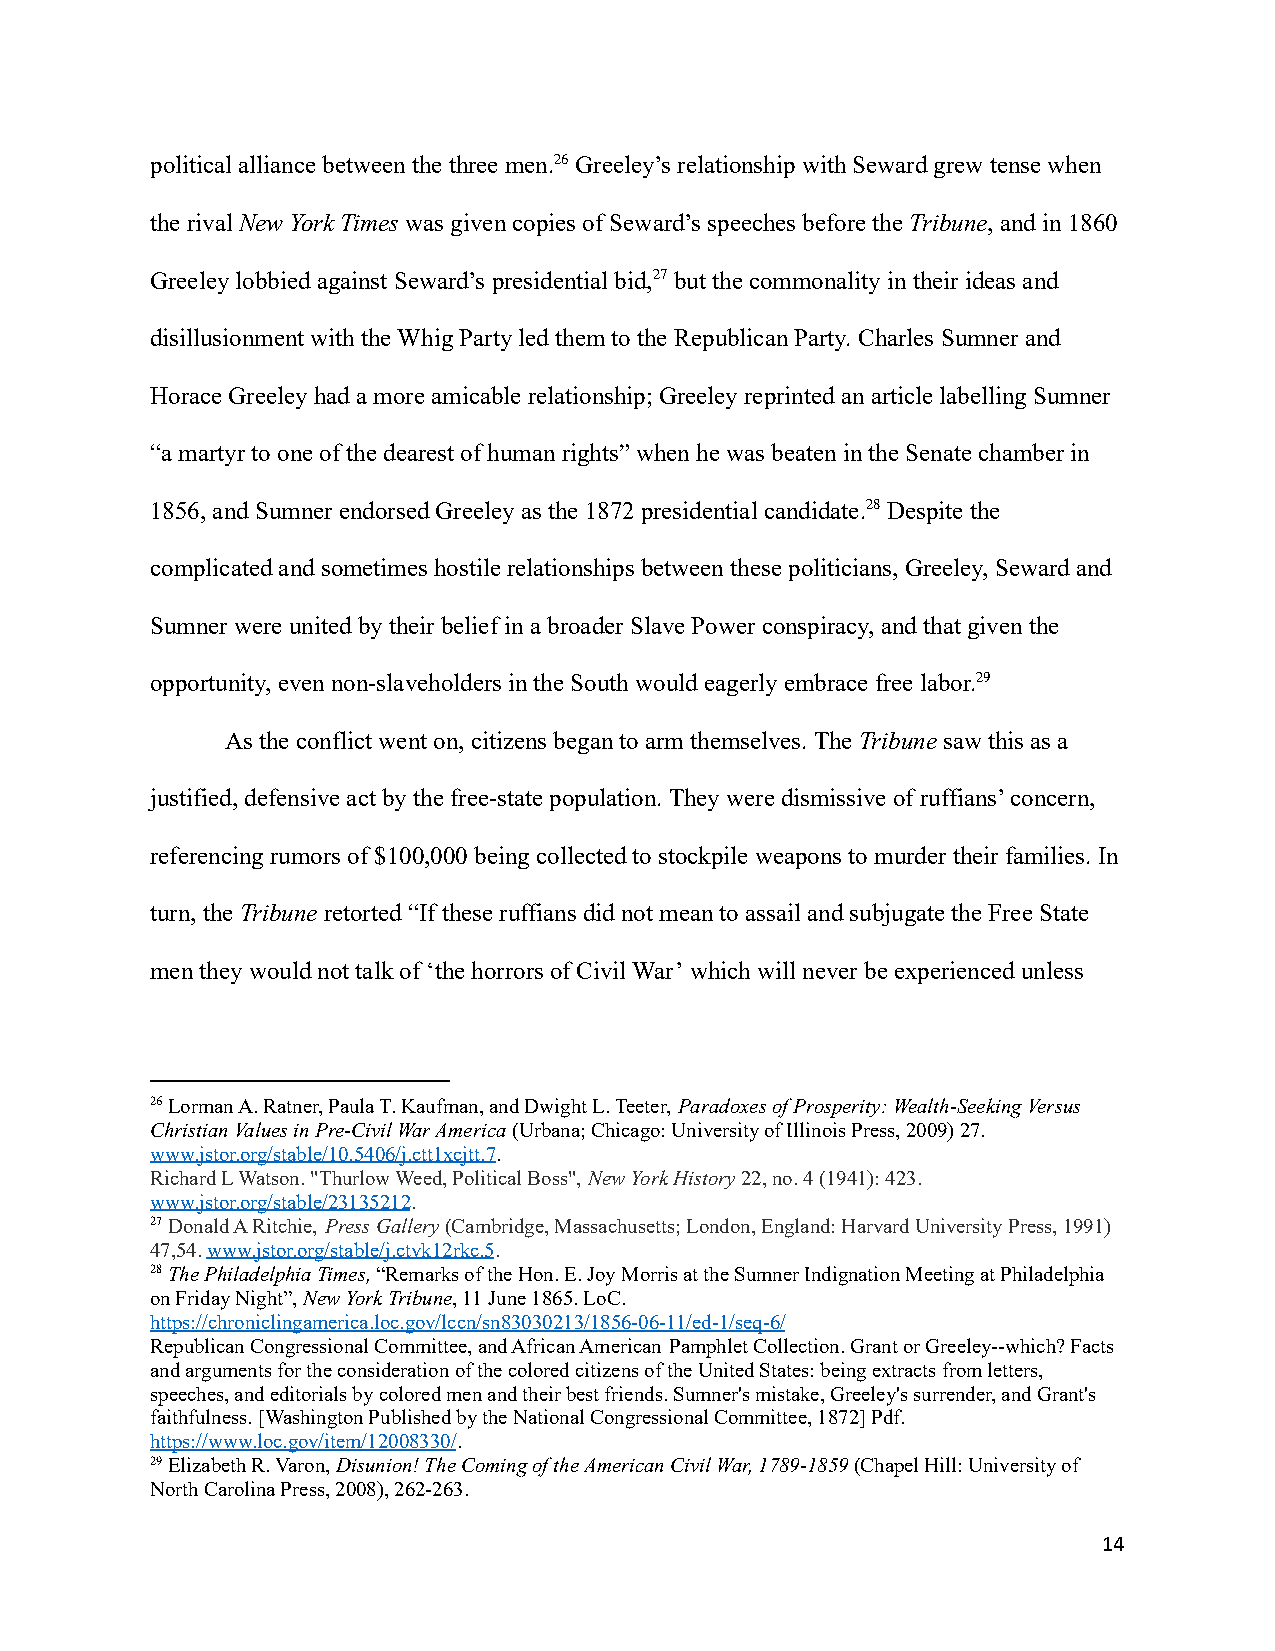
political alliance between the three men.26Greeley’s relationship with Seward grew tense when
 the rivalNew York Times was given copies of Seward’s speeches before theTribune, and in 1860
 Greeley lobbied against Seward’s presidential bid,27but the commonality in their ideas and
 disillusionment with the Whig Party led them to the Republican Party. Charles Sumner and
 Horace Greeley had a more amicable relationship; Greeleyreprinted an article labelling Sumner
 “a martyr to one of the dearest of human rights” whenhe was beaten in the Senate chamber in
 1856, and Sumner endorsed Greeley as the 1872 presidentialcandidate.28Despite the
 complicated and sometimes hostile relationships betweenthese politicians, Greeley, Seward and
 Sumner were united by their belief in a broader SlavePower conspiracy, and that given the
 opportunity, even non-slaveholders in the South wouldeagerly embrace free labor.29
 As the conflict went on, citizens began to arm themselves.TheTribunesaw this as a
 justified, defensive act by the free-state population.They were dismissive of ruffians’ concern,
 referencing rumors of $100,000 being collected tostockpile weapons to murder their families. In
 turn, theTribuneretorted “If these ruffians didnot mean to assail and subjugate the Free State
 men they would not talk of ‘the horrors of Civil War’ which will never be experienced unless
 26Lorman A. Ratner, Paula T. Kaufman, and Dwight L. Teeter, Paradoxes of Prosperity: Wealth-Seeking Versus
 Christian Values in Pre-Civil War America(Urbana;Chicago: University of Illinois Press, 2009) 27.
 www.jstor.org/stable/10.5406/j.ctt1xcjtt.7.
 Richard L Watson. "Thurlow Weed, Political Boss", NewYork History 22, no. 4 (1941): 423.
 www.jstor.org/stable/23135212.
 27Donald A Ritchie, Press Gallery(Cambridge, Massachusetts;London, England: Harvard University Press, 1991)
 47,54.www.jstor.org/stable/j.ctvk12rkc.5.
 28The Philadelphia Times,“Remarks of the Hon. E. JoyMorris at the Sumner Indignation Meeting at Philadelphia
 on Friday Night”,New York Tribune, 11 June 1865.LoC.
 https://chroniclingamerica.loc.gov/lccn/sn83030213/1856-06-11/ed-1/seq-6/
 Republican Congressional Committee, and African American Pamphlet Collection. Grant or Greeley--which? Facts
 and arguments for the consideration of the coloredcitizens of the United States: being extracts fromletters,
 speeches, and editorials by colored men and theirbest friends. Sumner's mistake, Greeley's surrender,and Grant's
 faithfulness. [Washington Published by the NationalCongressional Committee, 1872] Pdf.
 https://www.loc.gov/item/12008330/.
 29Elizabeth R. Varon,Disunion! The Coming of the AmericanCivil War, 1789-1859(Chapel Hill: University of
 North Carolina Press, 2008), 262-263.
 14